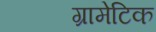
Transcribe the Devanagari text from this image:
ग्रामेटिक